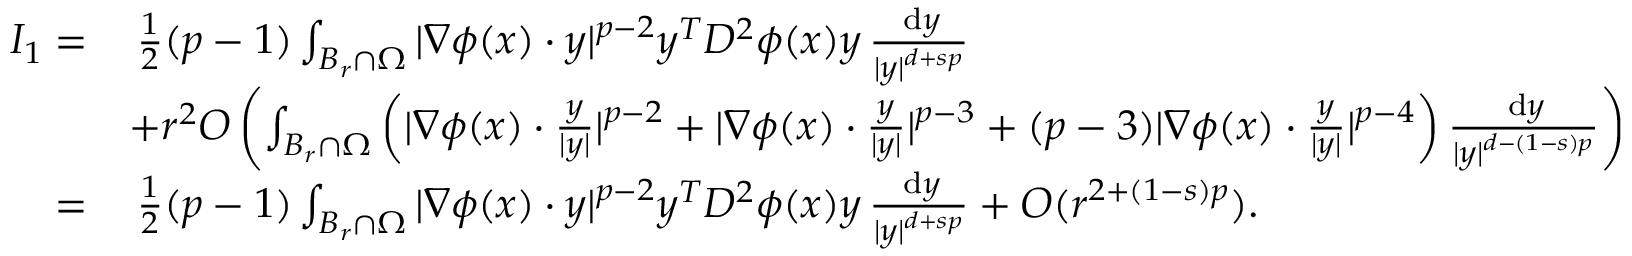
\begin{array} { r l } { I _ { 1 } = } & { \, \frac { 1 } { 2 } ( p - 1 ) \int _ { B _ { r } \cap \Omega } | \nabla \phi ( x ) \cdot y | ^ { p - 2 } y ^ { T } D ^ { 2 } \phi ( x ) y \, \frac { \, \mathrm { d } y } { | y | ^ { d + s p } } } \\ & { + r ^ { 2 } O \left( \int _ { B _ { r } \cap \Omega } \left( | \nabla \phi ( x ) \cdot \frac { y } { | y | } | ^ { p - 2 } + | \nabla \phi ( x ) \cdot \frac { y } { | y | } | ^ { p - 3 } + ( p - 3 ) | \nabla \phi ( x ) \cdot \frac { y } { | y | } | ^ { p - 4 } \right) \frac { \, \mathrm { d } y } { | y | ^ { d - ( 1 - s ) p } } \right) } \\ { = } & { \, \frac { 1 } { 2 } ( p - 1 ) \int _ { B _ { r } \cap \Omega } | \nabla \phi ( x ) \cdot y | ^ { p - 2 } y ^ { T } D ^ { 2 } \phi ( x ) y \, \frac { \, \mathrm { d } y } { | y | ^ { d + s p } } + O ( r ^ { 2 + ( 1 - s ) p } ) . } \end{array}